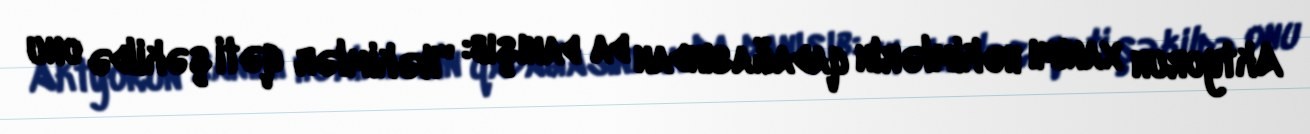
Aktyorun xanımı həkimlərin qadağasından da danışıb: "Həkimlər qəti şəkildə onu